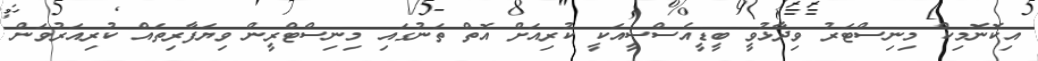
އިކޮނޮމިކް މިނިސްޓަރު ވިދާޅުވީ ބީޑީއެސްސީއަކީ ކުރިއަށް އޮތް ތަނުގައި މިނިސްޓްރީން ވިޔަފާރިތައް ކުރިއަރުވަން